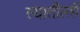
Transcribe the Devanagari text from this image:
त्यातीलही